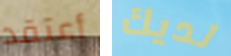
أعتقد لديك